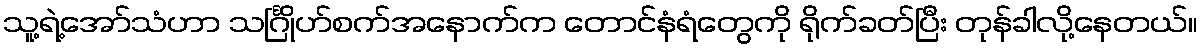
သူ့ရဲ့အော်သံဟာ သင်္ဂြိုဟ်စက်အနောက်က တောင်နံရံတွေကို ရိုက်ခတ်ပြီး တုန်ခါလို့နေတယ်။